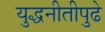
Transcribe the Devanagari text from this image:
युद्धनीतीपुढे